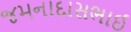
જમનાદાસભાઈ